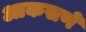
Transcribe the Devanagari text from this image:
आकसणे